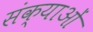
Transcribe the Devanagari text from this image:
संक्याओं